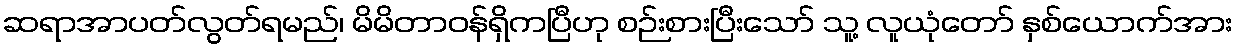
ဆရာအာပတ်လွတ်ရမည်၊ မိမိတာဝန်ရှိကပြီဟု စဉ်းစားပြီးသော် သူ့ လူယုံတော် နှစ်ယောက်အား